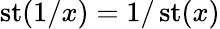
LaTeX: \operatorname{st}(1/x)=1/\operatorname{st}(x)